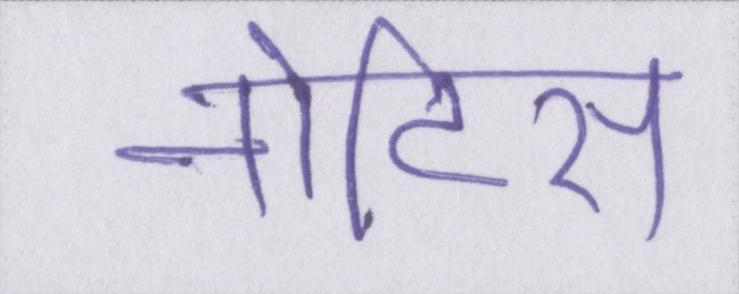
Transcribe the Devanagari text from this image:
नोटिस